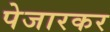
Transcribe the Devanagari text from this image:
पेजारकर